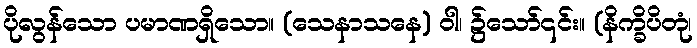
ပိုလွန်သော ပမာဏရှိသော။ (သေနာသနေ) ဝါ၊ ၌သော်၎င်း။ (နိက္ခိပိတုံ၊